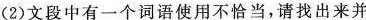
(2)文段中有一个词语使用不恰当，请找出来并